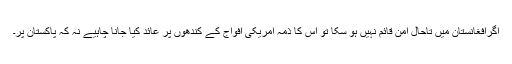
اگرافغانستان میں تاحال امن قائم نہیں ہو سکا تو اس کا ذمہ امریکی افواج کے کندھوں پر عائد کیا جانا چاہیے نہ کہ پاکستان پر۔